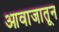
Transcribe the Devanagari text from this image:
आवाजातून